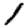
Digit: 1